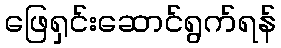
ဖြေရှင်းဆောင်ရွက်ရန်